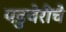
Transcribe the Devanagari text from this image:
पडुचेरीचे